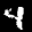
Label: 4